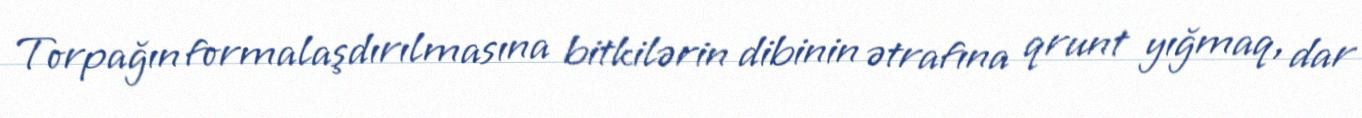
Torpağın formalaşdırılmasına bitkilərin dibinin ətrafına qrunt yığmaq, dar